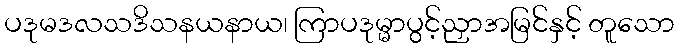
ပဒုမဒလသဒိသနယနာယ၊ ကြာပဒုမ္မာပွင့်ညှာအမြင်နှင့် တူသော